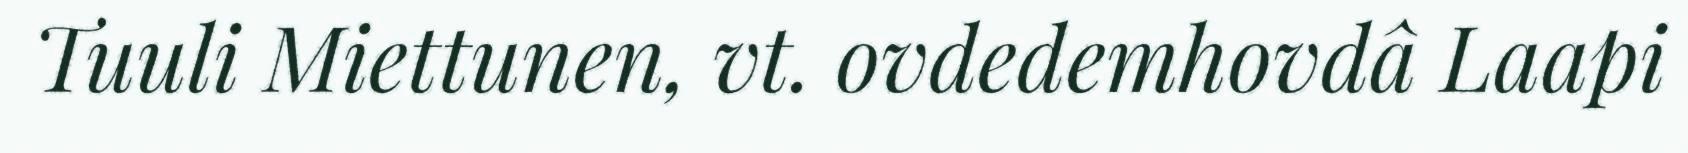
Tuuli Miettunen, vt. ovdedemhovdâ Laapi